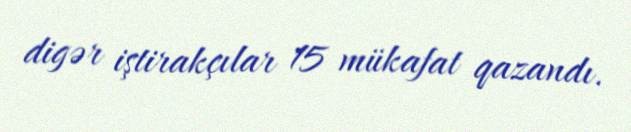
digər iştirakçılar 15 mükafat qazandı.